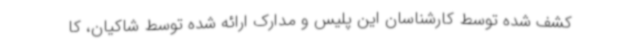
کشف شده توسط کارشناسان این پلیس و مدارک ارائه شده توسط شاکیان، کا